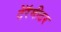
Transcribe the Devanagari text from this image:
टेरॅमीटर